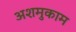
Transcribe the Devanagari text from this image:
अशमुकाम